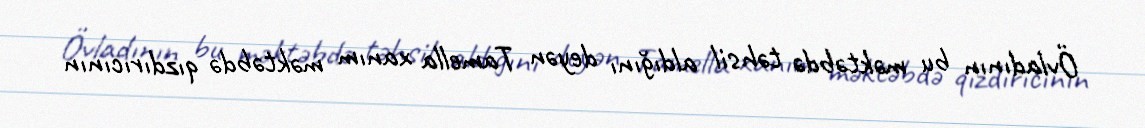
Övladının bu məktəbdə təhsil aldığını deyən Tamella xanım məktəbdə qızdırıcının